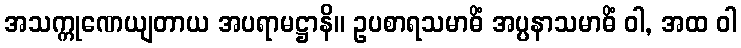
အသက္ကုဏေယျတာယ အပရာမဋ္ဌာနိ။ ဥပစာရသမာဓိံ အပ္ပနာသမာဓိံ ဝါ, အထ ဝါ